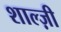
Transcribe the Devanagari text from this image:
शाल्ज़ी